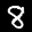
Label: 8